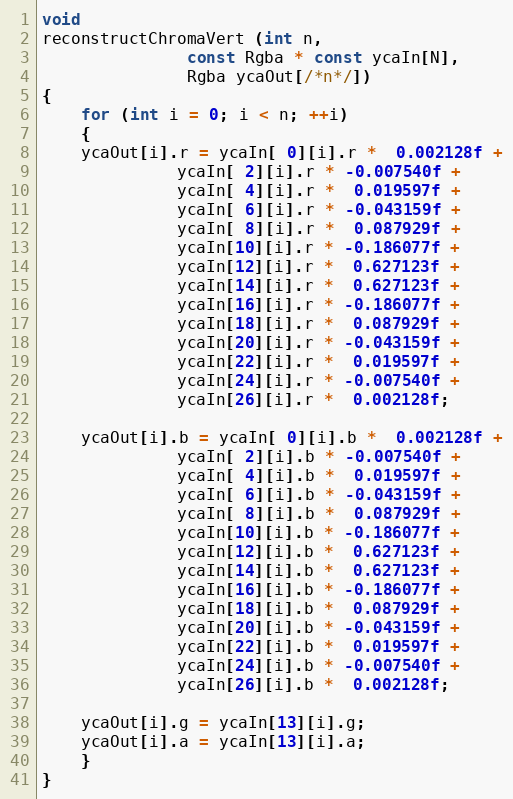
Language: C++
void
reconstructChromaVert (int n,
		       const Rgba * const ycaIn[N],
		       Rgba ycaOut[/*n*/])
{
    for (int i = 0; i < n; ++i)
    {
	ycaOut[i].r = ycaIn[ 0][i].r *  0.002128f +
		      ycaIn[ 2][i].r * -0.007540f +
		      ycaIn[ 4][i].r *  0.019597f +
		      ycaIn[ 6][i].r * -0.043159f +
		      ycaIn[ 8][i].r *  0.087929f +
		      ycaIn[10][i].r * -0.186077f +
		      ycaIn[12][i].r *  0.627123f +
		      ycaIn[14][i].r *  0.627123f +
		      ycaIn[16][i].r * -0.186077f +
		      ycaIn[18][i].r *  0.087929f +
		      ycaIn[20][i].r * -0.043159f +
		      ycaIn[22][i].r *  0.019597f +
		      ycaIn[24][i].r * -0.007540f +
		      ycaIn[26][i].r *  0.002128f;

	ycaOut[i].b = ycaIn[ 0][i].b *  0.002128f +
		      ycaIn[ 2][i].b * -0.007540f +
		      ycaIn[ 4][i].b *  0.019597f +
		      ycaIn[ 6][i].b * -0.043159f +
		      ycaIn[ 8][i].b *  0.087929f +
		      ycaIn[10][i].b * -0.186077f +
		      ycaIn[12][i].b *  0.627123f +
		      ycaIn[14][i].b *  0.627123f +
		      ycaIn[16][i].b * -0.186077f +
		      ycaIn[18][i].b *  0.087929f +
		      ycaIn[20][i].b * -0.043159f +
		      ycaIn[22][i].b *  0.019597f +
		      ycaIn[24][i].b * -0.007540f +
		      ycaIn[26][i].b *  0.002128f;

	ycaOut[i].g = ycaIn[13][i].g;
	ycaOut[i].a = ycaIn[13][i].a;
    }
}